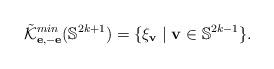
LaTeX: \begin{align*}\tilde{\cal K}_{ {\bf e}, -{\bf e}}^{min} ({\mathbb S}^{2k+1} )=\{ \xi_{ {\bf v}} \mid {\bf v} \in {\mathbb S}^{2k-1}\}.\end{align*}